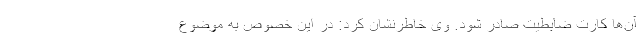
آن‌ها کارت ضابطیت صادر شود. وی خاطرنشان کرد: در این خصوص به موضوع